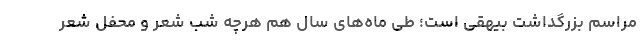
مراسم بزرگداشت بیهقی است؛ طیّ ماه‌های سال هم هرچه شب شعر و محفل شعر